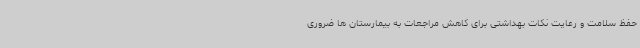
حفظ سلامت و رعایت نکات بهداشتی برای کاهش مراجعات به بیمارستان ها ضروری